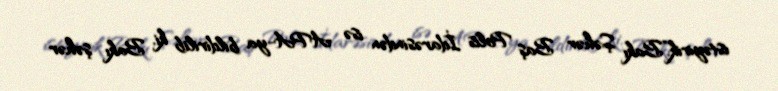
istəyirik.”Bakı Şəhər Baş Polis İdarəsindən isə APA-ya bildirilib ki, Bakı şəhər